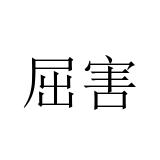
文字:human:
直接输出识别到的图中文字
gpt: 屈害